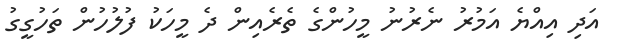
އަދި އިއްޔެ އަމުރު ނެރުނު މީހުންގެ ތެރެއިން ދެ މީހަކު ފުލުހުން ތަހުގީގު